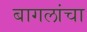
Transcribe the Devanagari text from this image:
बागलांचा